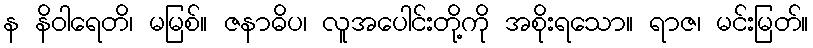
န နိဝါရေတိ၊ မမြစ်။ ဇနာဓိပ၊ လူအပေါင်းတို့ကို အစိုးရသော။ ရာဇ၊ မင်းမြတ်။